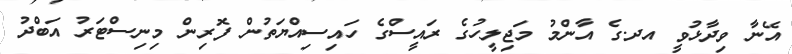
އޭނާ ވިދާޅުވީ އދ.ގެ އާންމު މަޖިލީހުގެ ރައީސްގެ ހައިސިއްޔަތުން ފޮރިން މިނިސްޓަރު އަބްދު